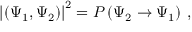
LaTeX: \left| ( \Psi _ { 1 } , \Psi _ { 2 } ) \right| ^ { 2 } = P \left( \Psi _ { 2 } \rightarrow \Psi _ { 1 } \right) \, ,